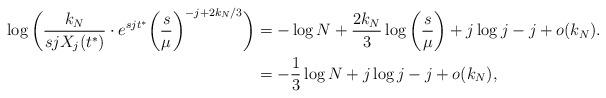
LaTeX: \begin{align*}\log \bigg( \frac{k_N}{sj X_j(t^*)} \cdot e^{sjt^*} \bigg( \frac{s}{\mu} \bigg)^{-j + 2k_N/3} \bigg) &= -\log N + \frac{2k_N}{3} \log \bigg( \frac{s}{\mu} \bigg) + j \log j - j + o(k_N). \\&= - \frac{1}{3} \log N + j \log j - j + o(k_N),\end{align*}